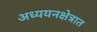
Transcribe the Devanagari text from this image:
अध्ययनक्षेत्रात